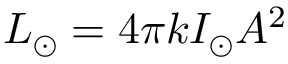
L _ { \odot } = 4 \pi k I _ { \odot } A ^ { 2 }